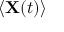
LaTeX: \langle \mathbf { X } ( t ) \rangle